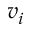
v _ { i }